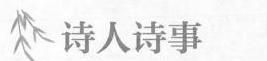
诗人诗事